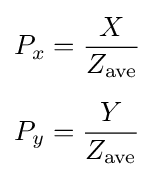
{\begin{aligned}&P_{x}={\frac {X}{Z_{\text{ave}}}}\\[5pt]&P_{y}={\frac {Y}{Z_{\text{ave}}}}\end{aligned}}